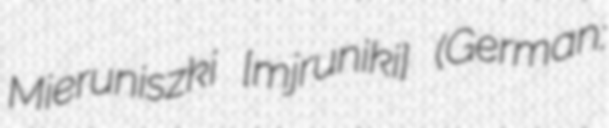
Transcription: Mieruniszki [mjɛruˈniʂki] (German: